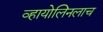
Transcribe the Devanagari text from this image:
व्हायोलिनलाच